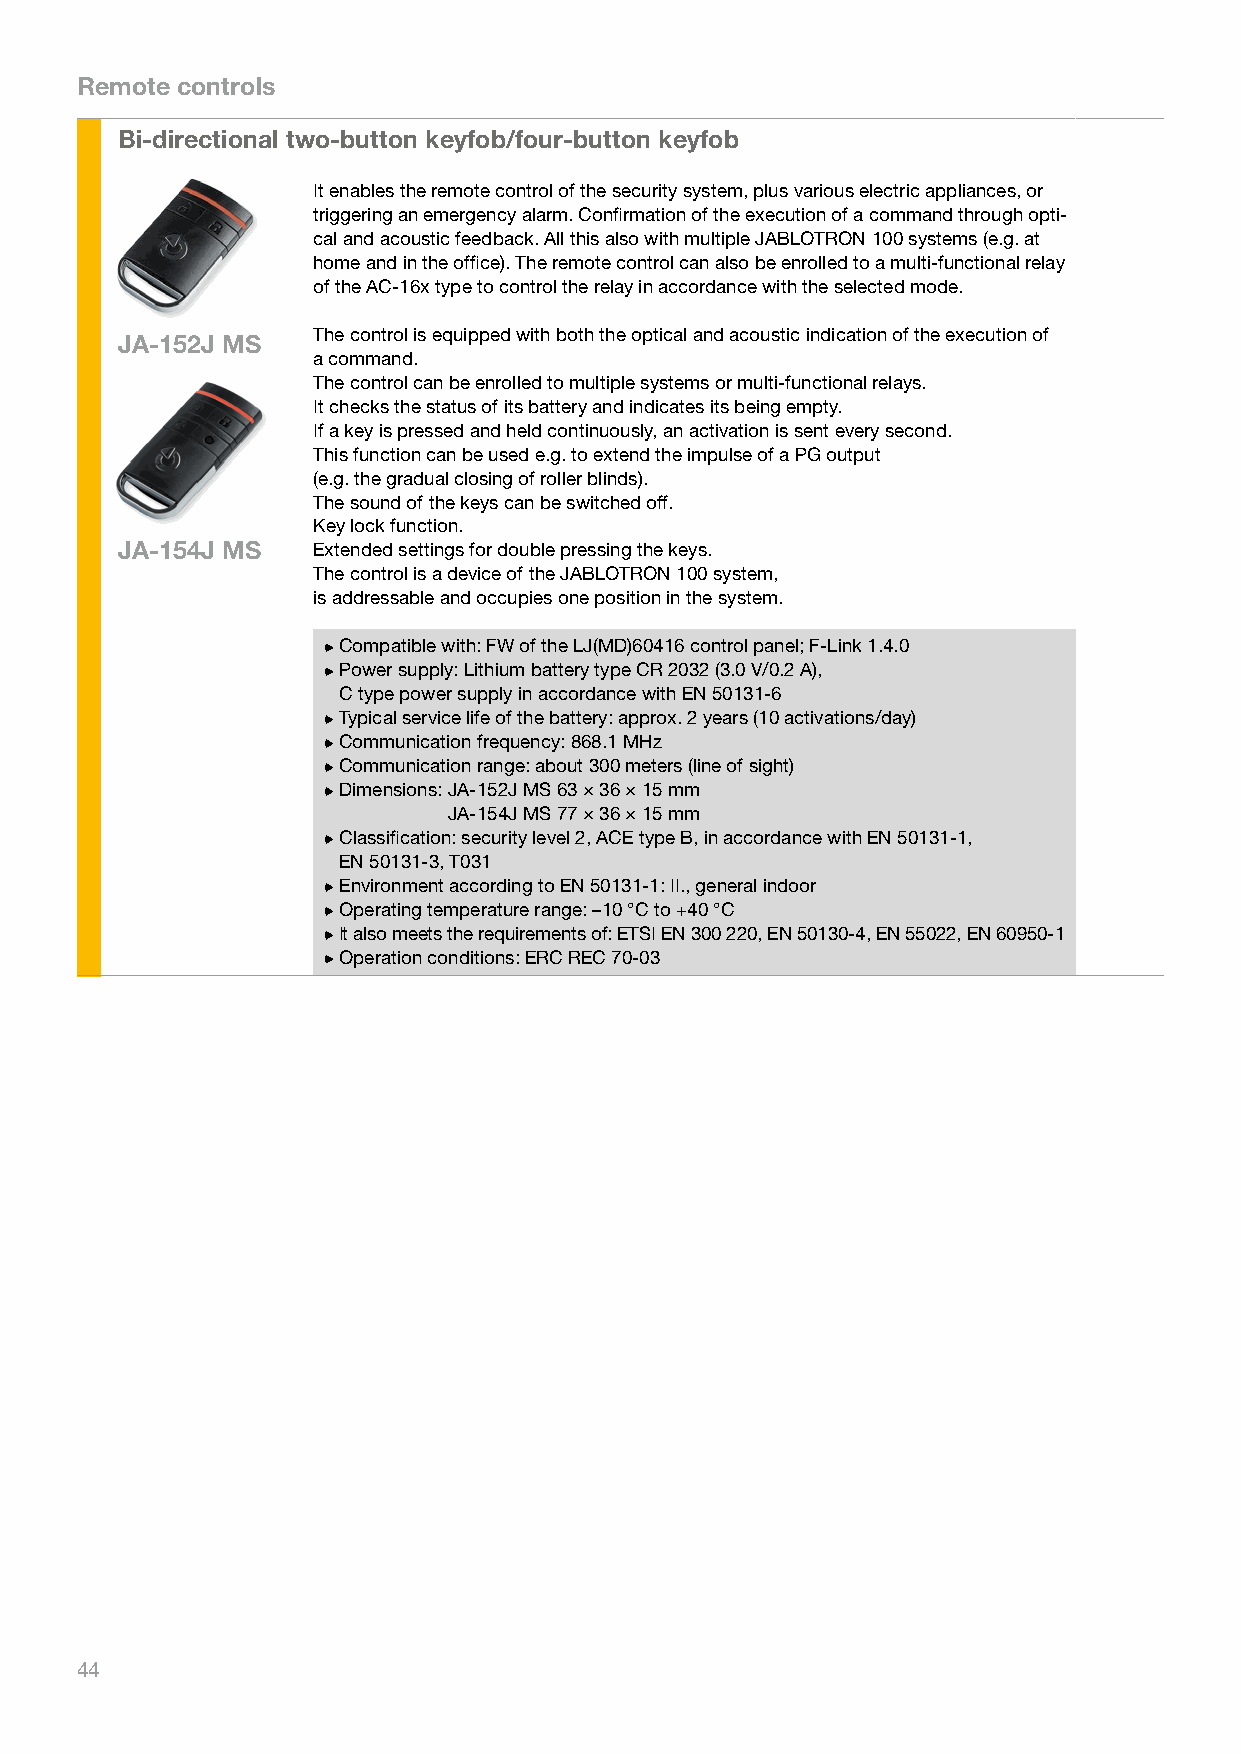
Remote controls
 Bi-directional two-button keyfob/four-button keyfob
 It enables the remote control of the security system, plus various electric appliances, or
 triggering an emergency alarm. Confirmation of the execution of a command through opti-
 cal and acoustic feedback. All this also with multiple JABLOTRON 100 systems (e.g. at
 home and in the office). The remote control can also be enrolled to a multi-functional relay
 of the AC-16x type to control the relay in accordance with the selected mode.
 The control is equipped with both the optical and acoustic indication of the execution of
 JA-152J MS
 a command.
 The control can be enrolled to multiple systems or multi-functional relays.
 It checks the status of its battery and indicates its being empty.
 If a key is pressed and held continuously, an activation is sent every second.
 This function can be used e.g. to extend the impulse of a PG output
 (e.g. the gradual closing of roller blinds).
 The sound of the keys can be switched off.
 Key lock function.
 JA-154J MS   Extended settings for double pressing the keys.
 The control is a device of the JABLOTRON 100 system,
 is addressable and occupies one position in the system.
 Compatible with: FW of the LJ(MD)60416 control panel; F-Link 1.4.0
 Power supply: Lithium battery type CR 2032 (3.0 V/0.2 A),
 C type power supply in accordance with EN 50131-6
 Typical service life of the battery: approx. 2 years (10 activations/day)
 Communication frequency: 868.1 MHz
 Communication range: about 300 meters (line of sight)
 Dimensions: JA-152J MS 63 × 36 × 15 mm
 JA-154J MS 77 × 36 × 15 mm
 Classification: security level 2, ACE type B, in accordance with EN 50131-1,
 EN 50131-3, T031
 Environment according to EN 50131-1: II., general indoor
 Operating temperature range: –10 °C to +40 °C
 I t also meets the requirements of: ETSI EN 300 220, EN 50130-4, EN 55022, EN 60950-1
 Operation conditions: ERC REC 70-03
 44